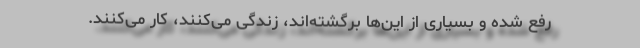
رفع شده و بسیاری از این‌ها برگشته‌اند، زندگی می‌کنند، کار می‌کنند.